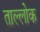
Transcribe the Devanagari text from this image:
ताल्लोक